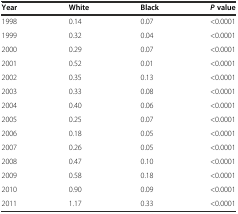
<table><thead><tr><td><b>Year</b></td><td><b>White</b></td><td><b>Black</b></td><td><b><i>P</i>value</b></td></tr></thead><tbody><tr><td>1998</td><td>0.14</td><td>0.07</td><td>&lt;0.0001</td></tr><tr><td>1999</td><td>0.32</td><td>0.04</td><td>&lt;0.0001</td></tr><tr><td>2000</td><td>0.29</td><td>0.07</td><td>&lt;0.0001</td></tr><tr><td>2001</td><td>0.52</td><td>0.01</td><td>&lt;0.0001</td></tr><tr><td>2002</td><td>0.35</td><td>0.13</td><td>&lt;0.0001</td></tr><tr><td>2003</td><td>0.33</td><td>0.08</td><td>&lt;0.0001</td></tr><tr><td>2004</td><td>0.40</td><td>0.06</td><td>&lt;0.0001</td></tr><tr><td>2005</td><td>0.25</td><td>0.07</td><td>&lt;0.0001</td></tr><tr><td>2006</td><td>0.18</td><td>0.05</td><td>&lt;0.0001</td></tr><tr><td>2007</td><td>0.26</td><td>0.05</td><td>&lt;0.0001</td></tr><tr><td>2008</td><td>0.47</td><td>0.10</td><td>&lt;0.0001</td></tr><tr><td>2009</td><td>0.58</td><td>0.18</td><td>&lt;0.0001</td></tr><tr><td>2010</td><td>0.90</td><td>0.09</td><td>&lt;0.0001</td></tr><tr><td>2011</td><td>1.17</td><td>0.33</td><td>&lt;0.0001</td></tr></tbody></table>